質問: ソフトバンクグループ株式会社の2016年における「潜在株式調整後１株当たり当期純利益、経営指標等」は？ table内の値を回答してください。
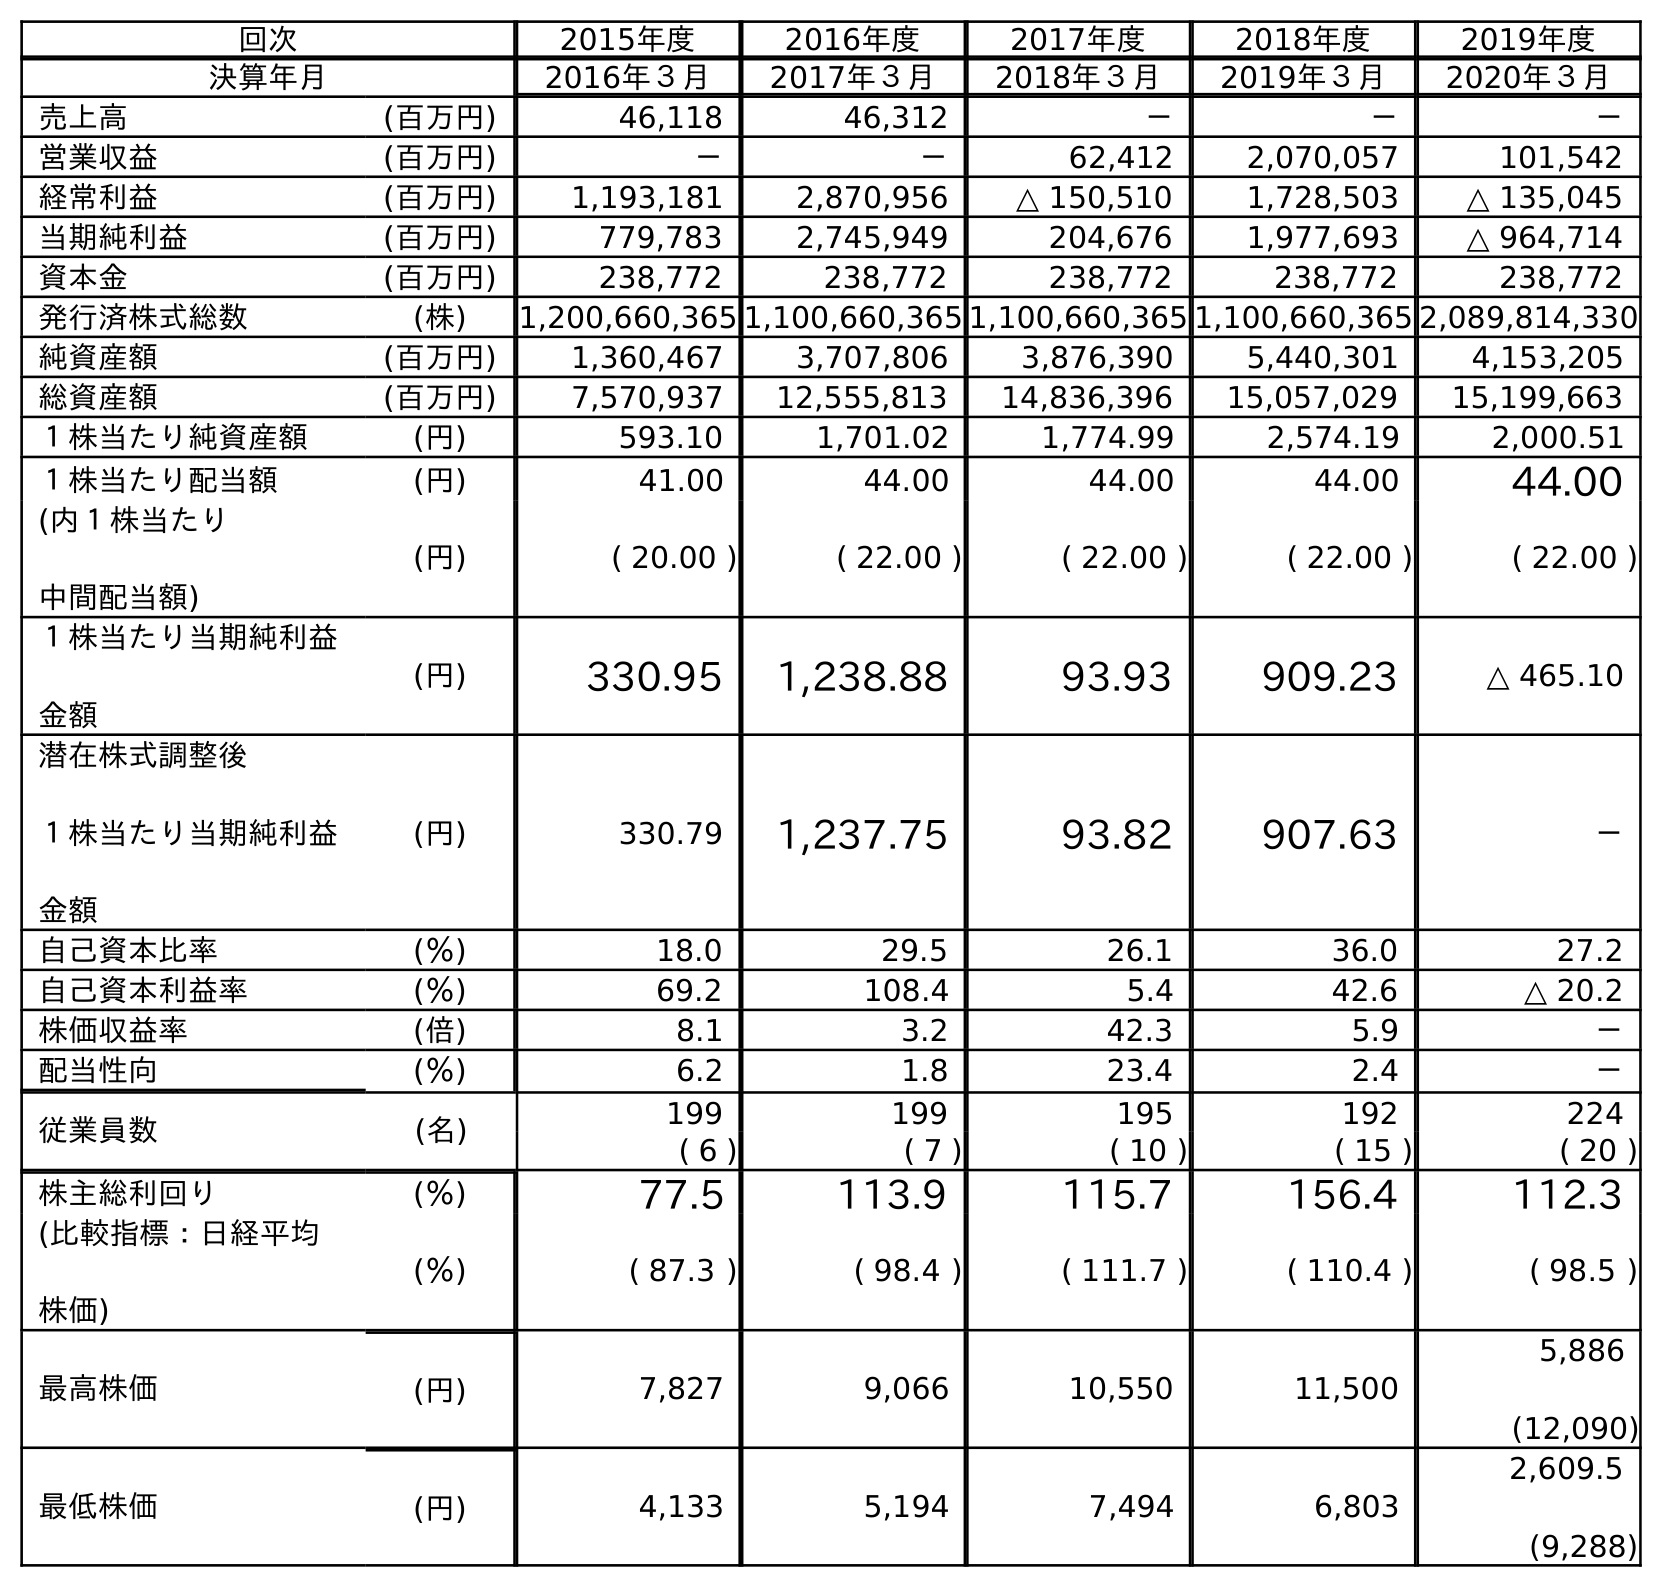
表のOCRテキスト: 回次 2015年度 2016年度 2017年度 2018年度 2019年度 決算年月 2016年３月 2017年３月 2018年３月 2019年３月 2020年３月 売上高 (百万円) 46,118 46,312 － － － 営業収益 (百万円) － － 62,412 2,070,057 101,542 経常利益 (百万円) 1,193,181 2,870,956 △ 150,510 1,728,503 △ 135,045 当期純利益 (百万円) 779,783 2,745,949 204,676 1,977,693 △ 964,714 資本金 (百万円) 238,772 238,772 238,772 238,772 238,772 発行済株式総数 (株) 1,200,660,365 1,100,660,365 1,100,660,365 1,100,660,365 2,089,814,330 純資産額 (百万円) 1,360,467 3,707,806 3,876,390 5,440,301 4,153,205 総資産額 (百万円) 7,570,937 12,555,813 14,836,396 15,057,029 15,199,663 １株当たり純資産額 (円) 593.10 1,701.02 1,774.99 2,574.19 2,000.51 １株当たり配当額 (円) 41.00 44.00 44.00 44.00 44.00 (内１株当たり 中間配当額) (円) ( 20.00 ) ( 22.00 ) ( 22.00 ) ( 22.00 ) ( 22.00 ) １株当たり当期純利益 金額 (円) 330.95 1,238.88 93.93 909.23 △ 465.10 潜在株式調整後 １株当たり当期純利益 金額 (円) 330.79 1,237.75 93.82 907.63 － 自己資本比率 (％) 18.0 29.5 26.1 36.0 27.2 自己資本利益率 (％) 69.2 108.4 5.4 42.6 △ 20.2 株価収益率 (倍) 8.1 3.2 42.3 5.9 － 配当性向 (％) 6.2 1.8 23.4 2.4 － 従業員数 (名) 199 199 195 192 224 ( 6 ) ( 7 ) ( 10 ) ( 15 ) ( 20 ) 株主総利回り (％) 77.5 113.9 115.7 156.4 112.3 (比較指標：日経平均 株価) (％) ( 87.3 ) ( 98.4 ) ( 111.7 ) ( 110.4 ) ( 98.5 ) 最高株価 (円) 7,827 9,066 10,550 11,500 5,886 (12,090) 最低株価 (円) 4,133 5,194 7,494 6,803 2,609.5 (9,288)
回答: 330.79